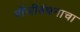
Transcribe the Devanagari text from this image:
मौंजीबंधनाचा